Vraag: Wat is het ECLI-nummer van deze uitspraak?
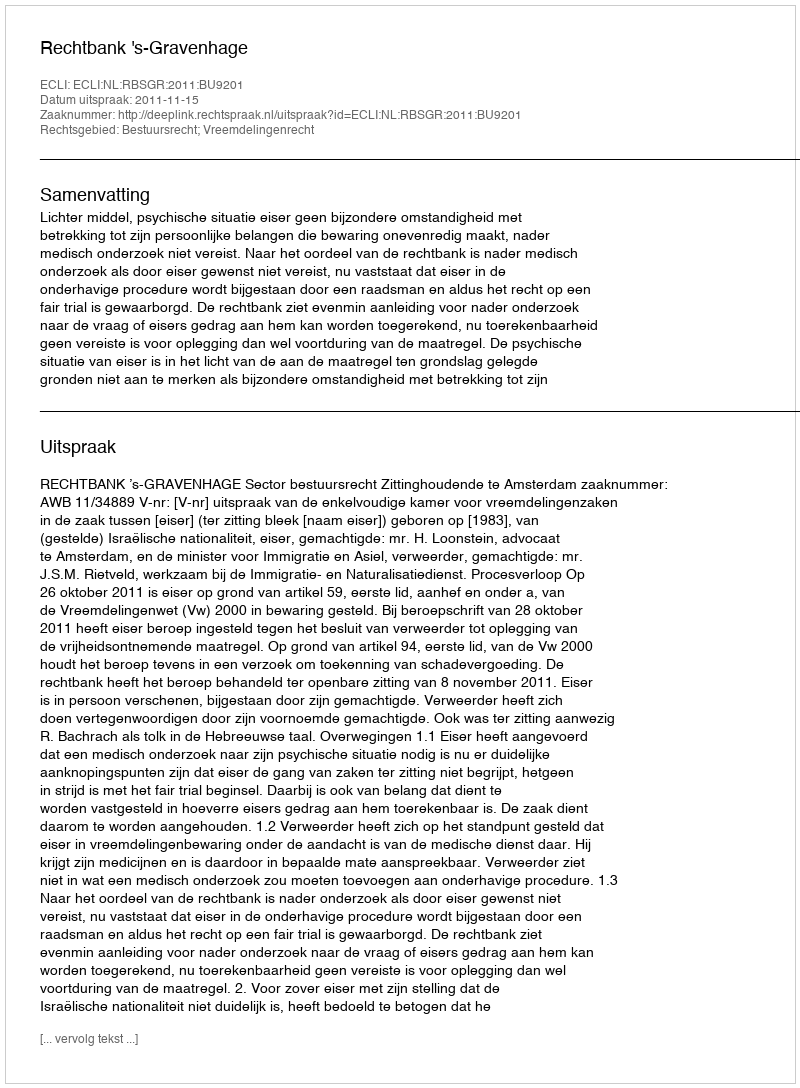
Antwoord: ECLI:NL:RBSGR:2011:BU9201